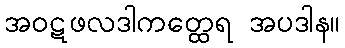
အဝဋဖလဒါကတ္ထေရ အပဒါန။